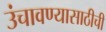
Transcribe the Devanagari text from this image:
उंचावण्यासाठीची